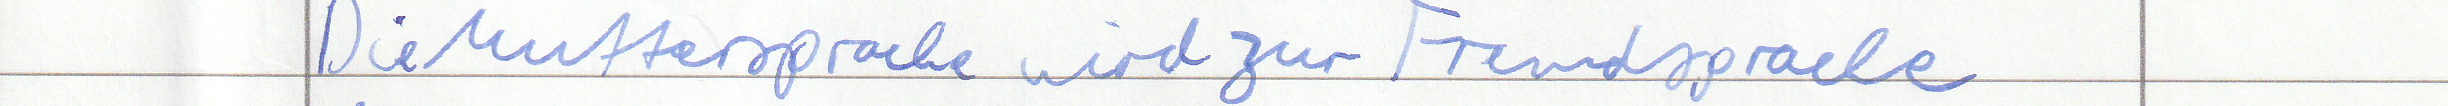
Die Muttersprache wird zur Fremdsprache